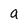
Character: a